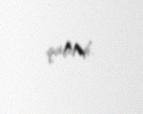
qalırdı.